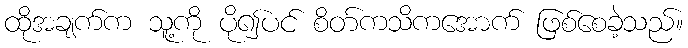
ထိုအချက်က သူ့ကို ပို၍ပင် စိတ်ကသိကအောက် ဖြစ်စေခဲ့သည်။